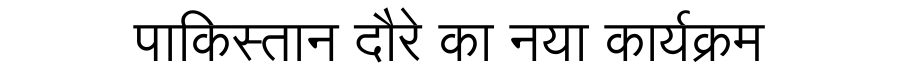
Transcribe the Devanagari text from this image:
पाकिस्तान दौरे का नया कार्यक्रम